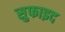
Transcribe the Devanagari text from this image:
सुफाइद